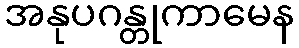
အနုပဂန္တုကာမေန